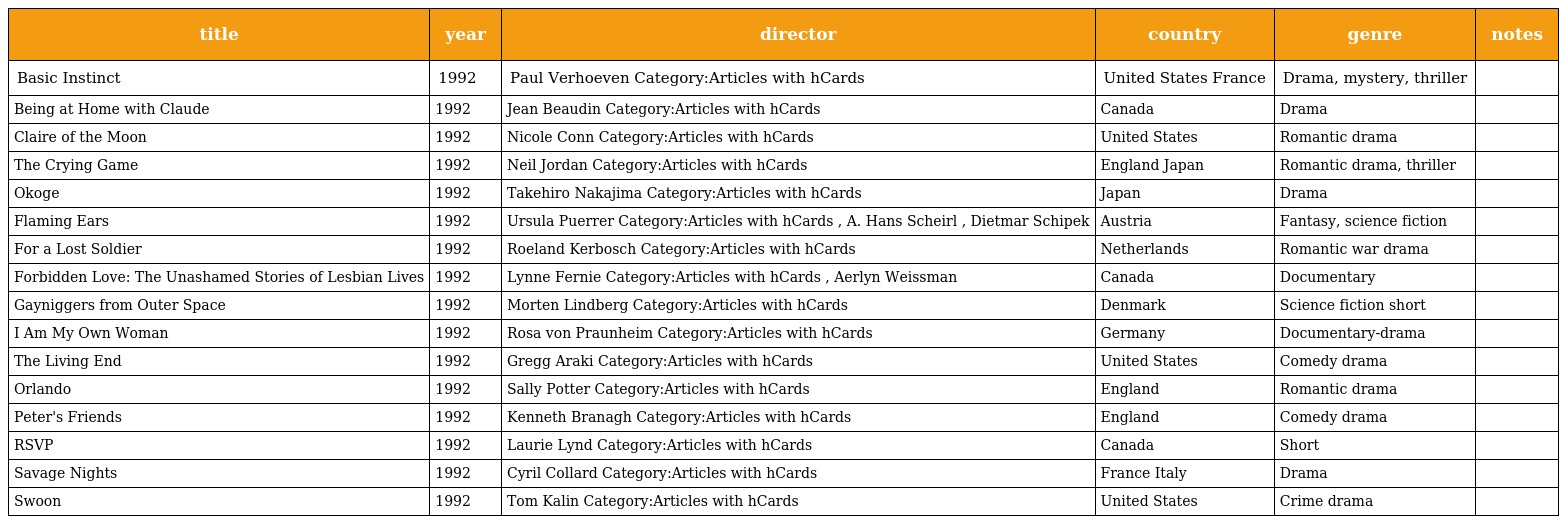
| title | year | director | country | genre | notes |
 | --- | --- | --- | --- | --- | --- |
 | Basic Instinct | 1992 | Paul Verhoeven Category:Articles with hCards | United States France | Drama, mystery, thriller |  |
 | Being at Home with Claude | 1992 | Jean Beaudin Category:Articles with hCards | Canada | Drama |  |
 | Claire of the Moon | 1992 | Nicole Conn Category:Articles with hCards | United States | Romantic drama |  |
 | The Crying Game | 1992 | Neil Jordan Category:Articles with hCards | England Japan | Romantic drama, thriller |  |
 | Okoge | 1992 | Takehiro Nakajima Category:Articles with hCards | Japan | Drama |  |
 | Flaming Ears | 1992 | Ursula Puerrer Category:Articles with hCards , A. Hans Scheirl , Dietmar Schipek | Austria | Fantasy, science fiction |  |
 | For a Lost Soldier | 1992 | Roeland Kerbosch Category:Articles with hCards | Netherlands | Romantic war drama |  |
 | Forbidden Love: The Unashamed Stories of Lesbian Lives | 1992 | Lynne Fernie Category:Articles with hCards , Aerlyn Weissman | Canada | Documentary |  |
 | Gayniggers from Outer Space | 1992 | Morten Lindberg Category:Articles with hCards | Denmark | Science fiction short |  |
 | I Am My Own Woman | 1992 | Rosa von Praunheim Category:Articles with hCards | Germany | Documentary-drama |  |
 | The Living End | 1992 | Gregg Araki Category:Articles with hCards | United States | Comedy drama |  |
 | Orlando | 1992 | Sally Potter Category:Articles with hCards | England | Romantic drama |  |
 | Peter's Friends | 1992 | Kenneth Branagh Category:Articles with hCards | England | Comedy drama |  |
 | RSVP | 1992 | Laurie Lynd Category:Articles with hCards | Canada | Short |  |
 | Savage Nights | 1992 | Cyril Collard Category:Articles with hCards | France Italy | Drama |  |
 | Swoon | 1992 | Tom Kalin Category:Articles with hCards | United States | Crime drama |  |